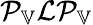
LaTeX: \mathcal{P}_{\mathbb{V}}\mathcal{L}\mathcal{P}_{\mathbb{V}}